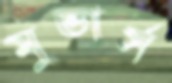
মুভার্স